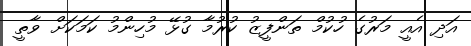
އަދި އެއީ މަރުގެ ހުކުމް ތަންފީޒު ކުރުމާ ގުޅޭ މުހިންމު ކަމަކަށް ވާތީ